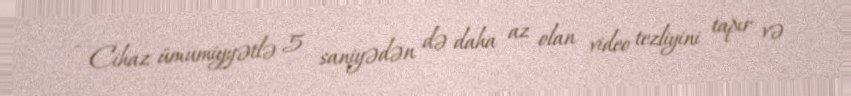
- Cihaz ümumiyyətlə 5 saniyədən də daha az olan video tezliyini tapır və